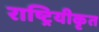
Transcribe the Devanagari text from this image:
राष्ट्रियीकृत